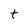
Character: t